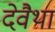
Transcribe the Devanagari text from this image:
देवैथा